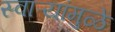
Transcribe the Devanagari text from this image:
स्वाऱ्यांमुळे